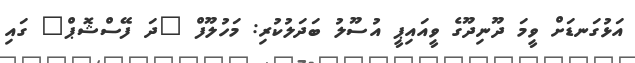
އަޅުގަނޑަށް ވީމަ ދޫނިދޫގެ ވީއައިޕީ އުސޫލު ބަދަލުކުރި: މަހުލޫފް "ދަ ފޭސްޝޮޕް" ގައި